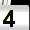
Digit: 4